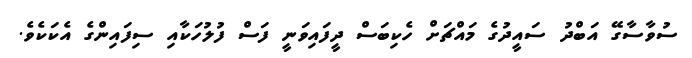
ސުވާސާގޭ އަބްދު ސައީދުގެ މައްޗަށް ހެކިބަސް ދީފައިވަނީ ފަސް ފުލުހަކާއި ސިފައިންގެ އެކަކެވެ.